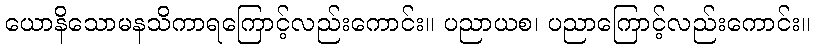
ယောနိသောမနသိကာရကြောင့်လည်းကောင်း။ ပညာယစ၊ ပညာကြောင့်လည်းကောင်း။